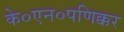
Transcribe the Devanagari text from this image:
के०एन०पणिक्कर